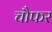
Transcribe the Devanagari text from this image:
चौफर